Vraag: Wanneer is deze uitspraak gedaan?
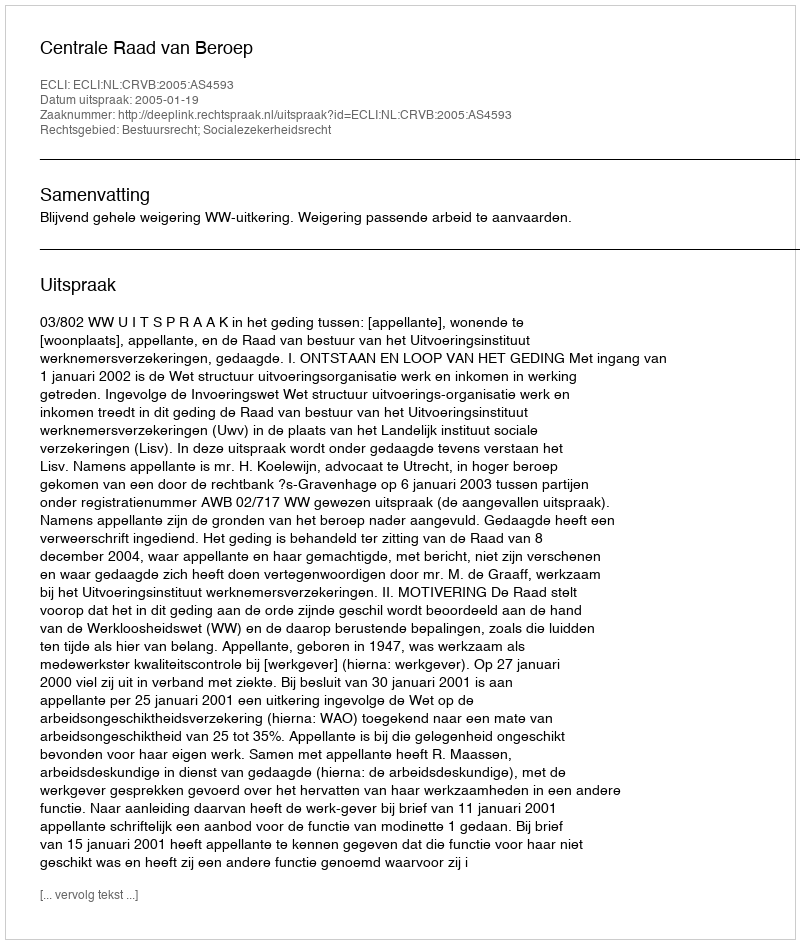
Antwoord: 2005-01-19